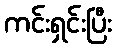
ကင်းရှင်းပြီး